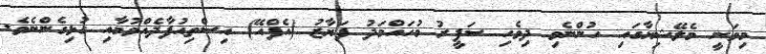
މިވަނީ މެލޭޝިޔާގައި ހުންނެވި ދިވެހި ސަފީރު މުހައްމަދު ފަޔާޒު (އެފްއޭ) އިސްތިއުފާދެއްވުމާއި ގުޅިގެންނެވެ.